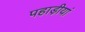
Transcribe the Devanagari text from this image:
पहाड़ीयां